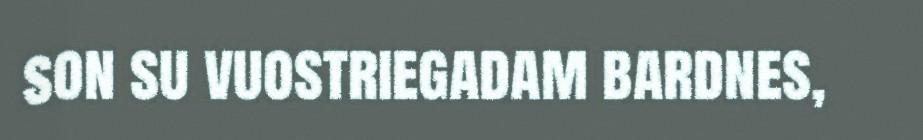
son su vuostriegadam bardnes,